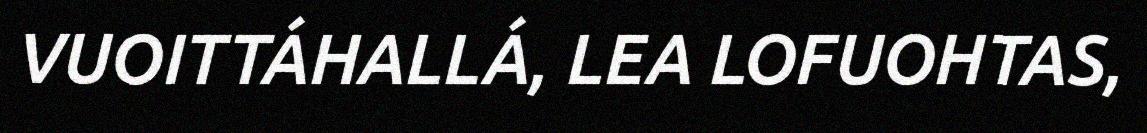
VUOITTÁHALLÁ, LEA LOFUOHTAS,